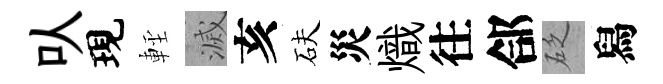
㕥現䡖滅亥砆災熾往郃砭舄